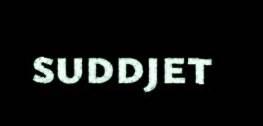
suddjet